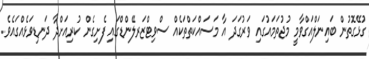
ގުޅޭގޮތުން ބައިނަލްއަގްވާމީ މުޖުތަމައުގައި ވަރުގަދަ އާ މަސައްކަތްތަކެއް ސްވިޓްޒަރލޭންޑްގައި ފެށިގެން ކުރިއަށްދާ ދަނޑިވަޅެއްގައެވެ.